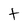
Character: t